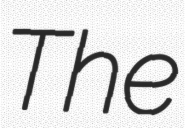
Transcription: The